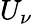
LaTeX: U_{\nu}